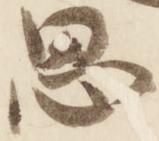
思